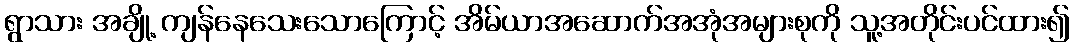
ရွာသား အချို့ ကျန်နေသေးသောကြောင့် အိမ်ယာအဆောက်အအုံအများစုကို သူ့အတိုင်းပင်ထား၍